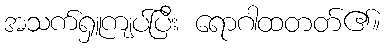
အသက်ရှူကျပ်ပြီး ရောဂါထတတ်၏။